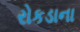
રોકડાના